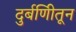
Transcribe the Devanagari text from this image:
दुर्बणिीतून